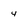
Character: 4